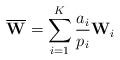
LaTeX: \begin{align*}\overline{\mathbf{W}}=\sum_{i=1}^K \frac{a_i}{p_i}\mathbf{W}_i\end{align*}